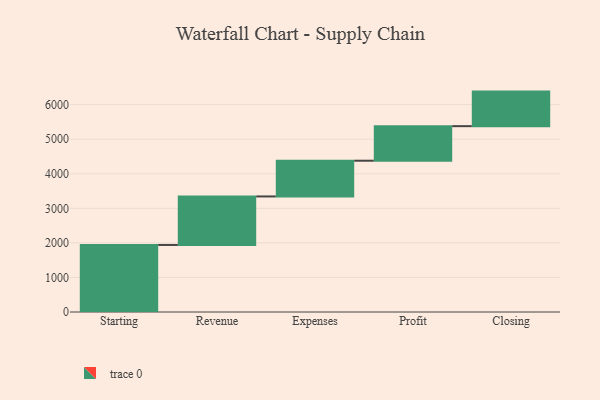
{"axis": {"x": "Step", "y": "Value"}, "legend": [""], "data": [{"x": "Starting", "y": 1940.0, "type": ""}, {"x": "Revenue", "y": 1404.0, "type": ""}, {"x": "Expenses", "y": 1034.0, "type": ""}, {"x": "Profit", "y": 1000, "type": ""}, {"x": "Closing", "y": 1000, "type": ""}]}